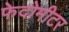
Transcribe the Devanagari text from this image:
फेदोमीटर